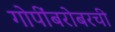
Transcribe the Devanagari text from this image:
गोपींबरोबरची